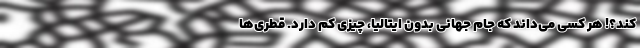
کند؟! هر کسی می‌داند که جام جهانی بدون ایتالیا، چیزی کم دارد. قطری‌ها